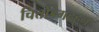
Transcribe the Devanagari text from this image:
चित्तोडगढहून